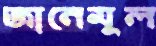
জানেমুল